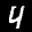
Label: 4